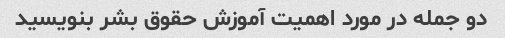
دو جمله در مورد اهمیت آموزش حقوق بشر بنویسید